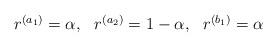
LaTeX: \begin{align*}\begin{array}{ccc} r^{(a_1)} = \alpha, & r^{(a_2)} = 1-\alpha, & r^{(b_1)} = \alpha\end{array}\end{align*}